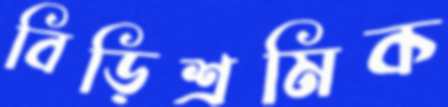
বিড়িশ্রমিক